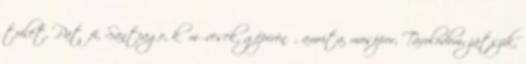
toilet, Patőfi, Santiago, kőművesek, gépírónő, amrita, mosópor, Távolodom, játszik,